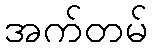
အက်တမ်